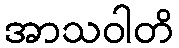
အာသဝါတိ